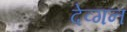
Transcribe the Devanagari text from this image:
देव्गन